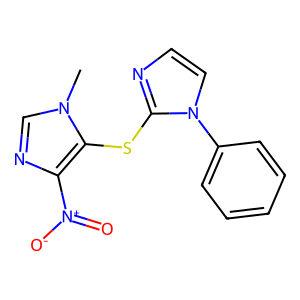
SMILES: Cn1cnc([N+](=O)[O-])c1Sc1nccn1-c1ccccc1
Inhibits HIV replication: No